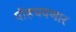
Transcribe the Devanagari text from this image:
पोहचवणार